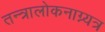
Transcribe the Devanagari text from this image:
तन्त्रालोकनाग्न्यत्र